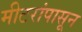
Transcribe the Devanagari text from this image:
मीटरांपासून